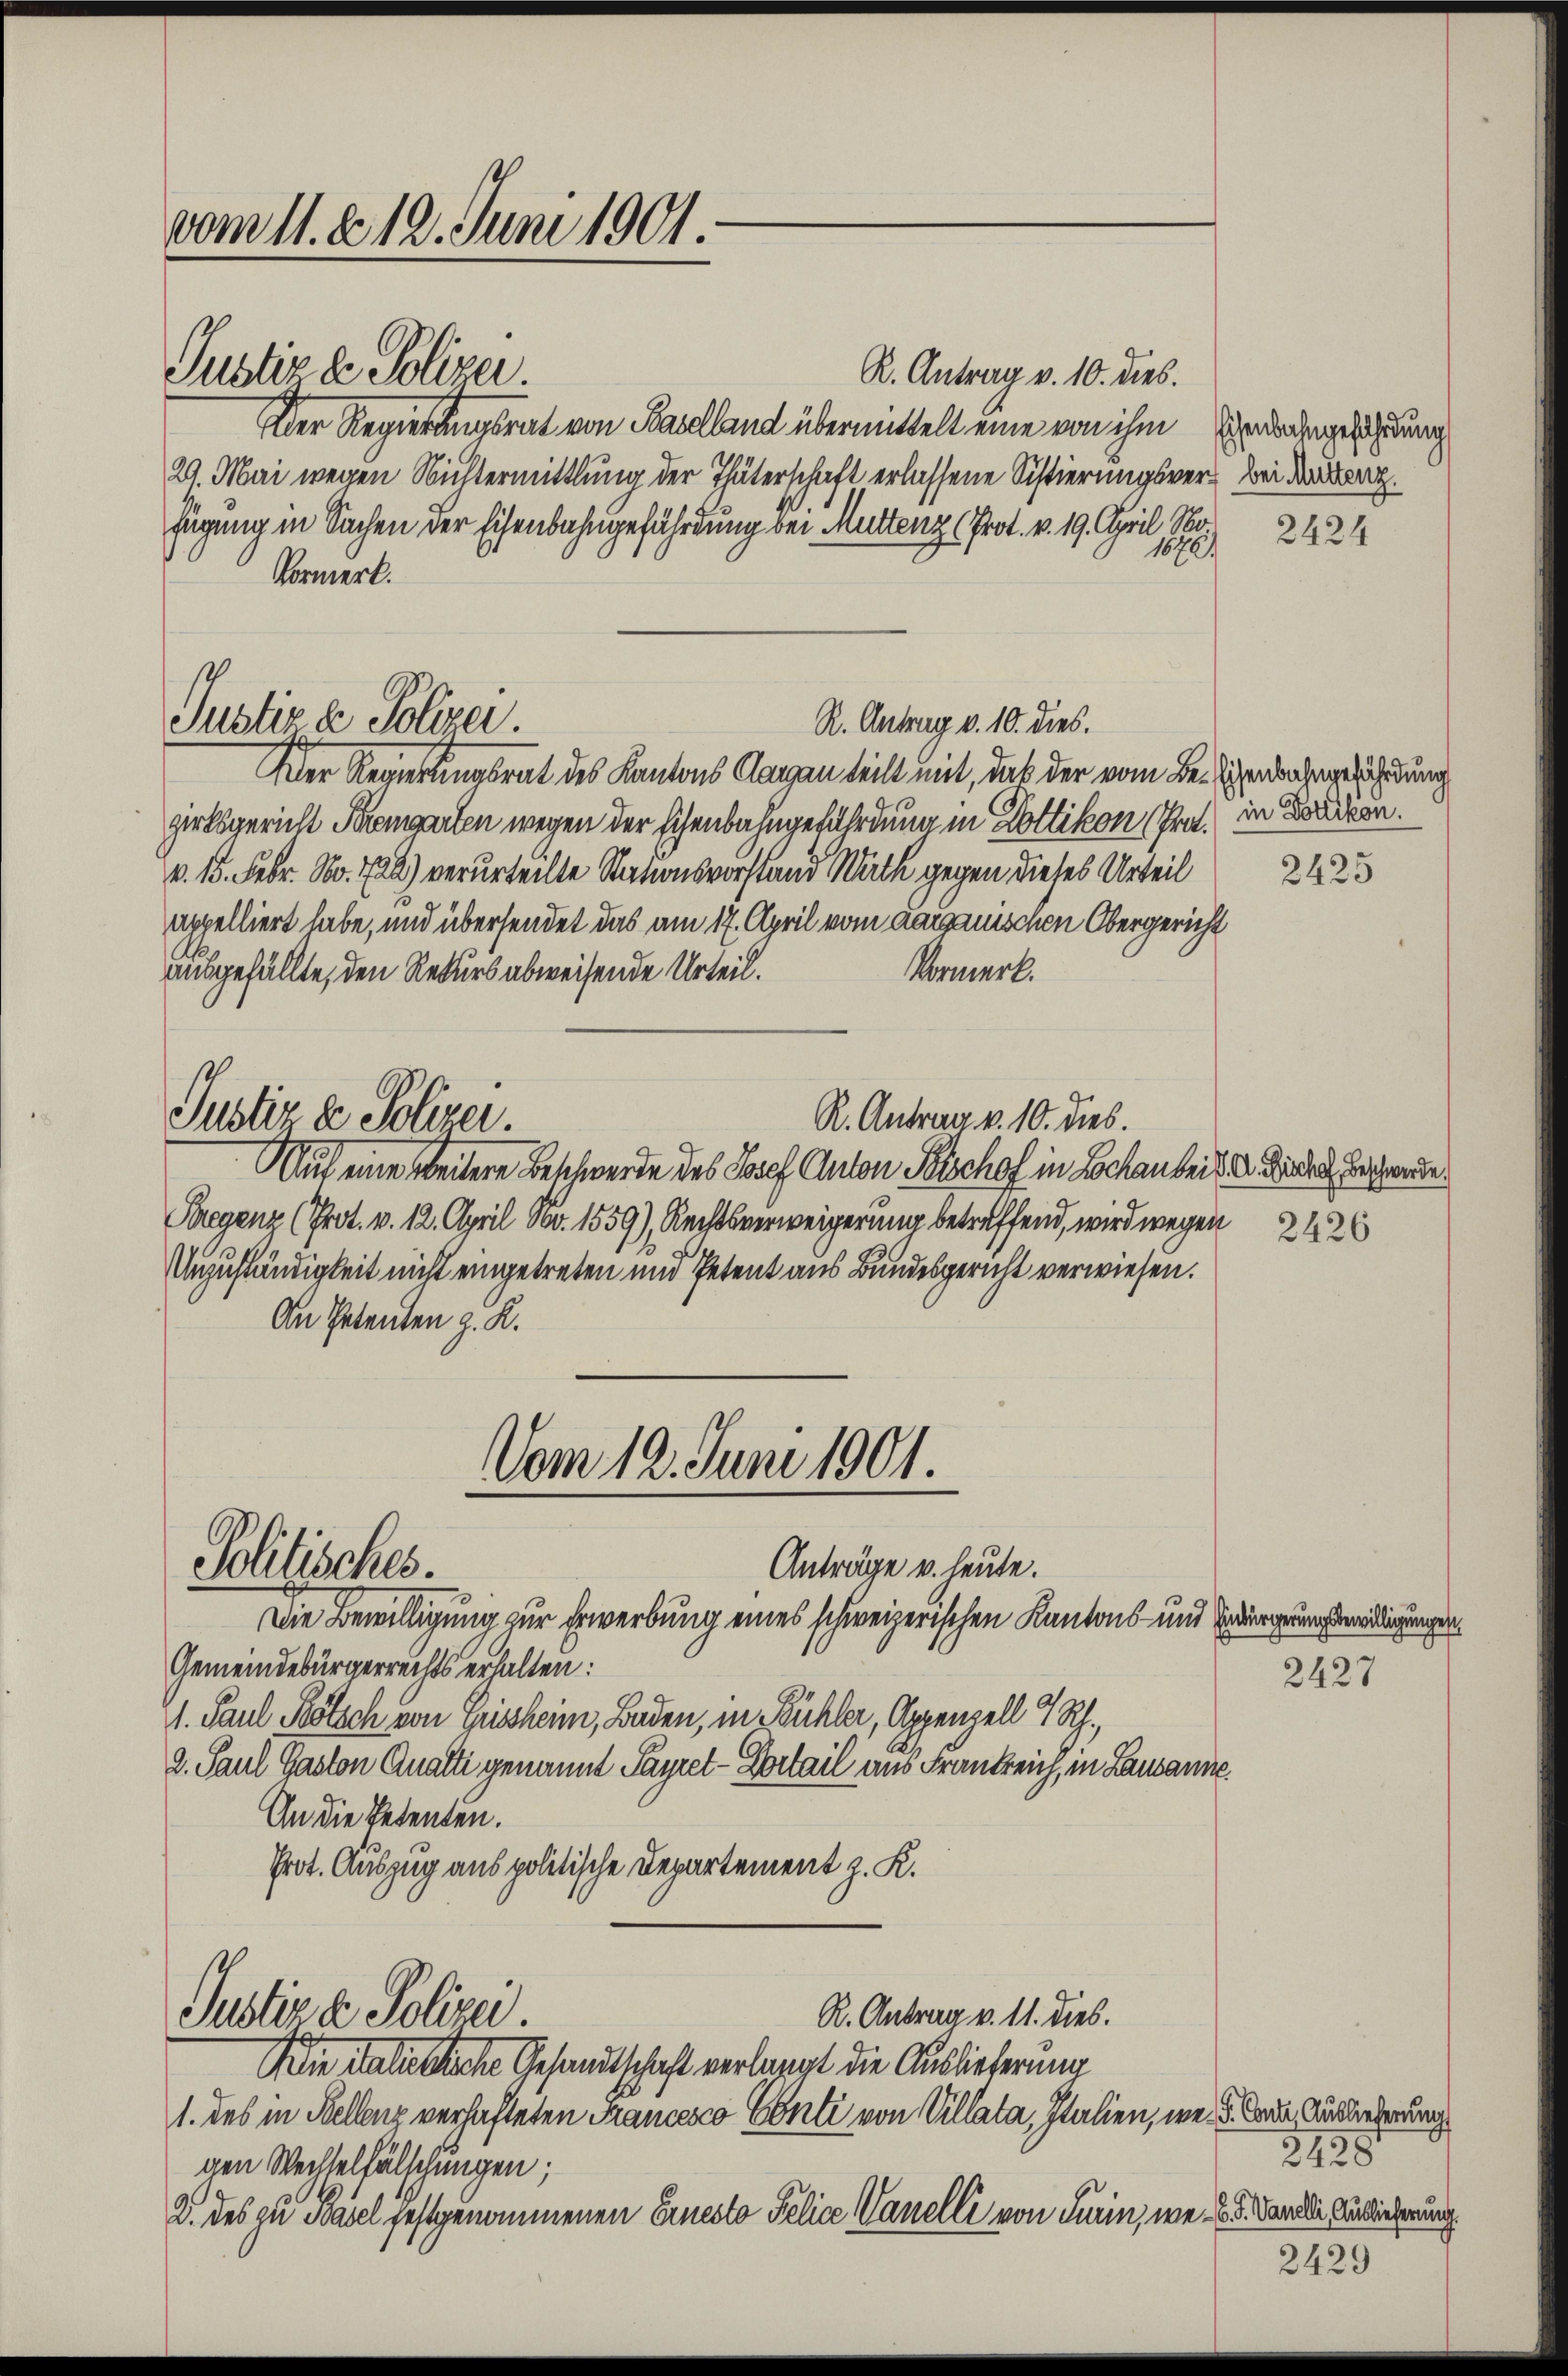
vom 11. d. 12. Juni 1901.

Justiz & Polizei

Justiz & Polizei.

R. Antrag v. 10. dies.
Der Regierungsrat von Baselland übermittelt eine von ihm andergeschnung
29. Mai wegen Nichtermittlung der Thäterschaft erlassene Sistierungsvers bei den
fügung in Sachen der Eisenbahngefährdung bei Muttenz (Prot. v. 19. April No.
1670
Vormerk.
R. Antrag v. 10. dies.
Der Regierungsrat des Kantons Aargau teilt mit, daß der vom Beschenbahngefährdung
zirksgericht Bremgarten wegen der Eisenbahngefährdung in Lottikon (Trat in Locken.
v. 15. Febr. No. 128) verurteilte Nationsvorstand Wuth gegen dieses Urteil
appelliert habe, und übersendet das am 17. April vom aargauischen Obergericht
A
Vormerk.
ausgefällte, den Rekurs abweisende Urteil.
Justir de Polizei
R. Antrag v. 10. dies.
Auf eine weitere Beschwerde des Josef Anton Polschof in Hochan bei der Wieder Beschende
Bregenz (Prot. v. 12. April Nr. 1559), Rechtsverweigerung betreffend, wird wegen
Unzuständigkeit nicht eingetreten und Petent aus Bundesgericht verwiesen.
An Petenten z. K.

Vom 12. Juni 1901.
Politisches.
Anträge u. heute.

Die Bewilligung zur Erwerbung eines schweizerischen Kantons- und Bedürgerungsbereiligungen,
Gemeindebürgerrechts erhalten:
M. Paul Pötsch von Grissheim, Baden, in Bühler, Appenzell 4 Rh.,
2. Paul Gaston Quarti genannt Payret-Portail aus Frankreich, in Lausanne
An die Petenten.
Prot. Auszug aus politische Departement z. K.

Justiz & Polizei.

R. Antrag v. 11. dies.
Wie italistische Gesandtschaft verlangt die Auslieferung
1. des in Stellenz verhafteten Francesco Conti von Villata, Italien, wen Code Auslieferung
gen Wechselfälschungen;
2. des zu Basel festgenommenen Einesto Police Vanelli von Turin, wen 6. d. Kanale Brieferung

2424

2425

2426

2427

2128

2429